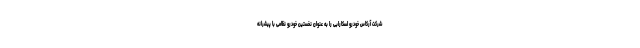
شرکت آرکاس خودرو اسکارابی را به عنوان نخستین خودرو نظامی با پیشرانه